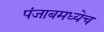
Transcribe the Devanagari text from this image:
पंजाबमध्येच